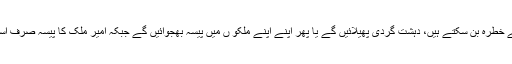
وہ آکر ملکی سلامتی کےلیے خطرہ بن سکتے ہیں، دہشت گردی پھیلائیں گے یا پھر اپنے اپنے ملکو ں میں پیسہ بھجوائیں گے جبکہ امیر ملک کا پیسہ صرف اسی ملک میں ہی رہنا چاہیے۔